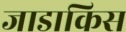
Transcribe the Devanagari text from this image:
जाडाकिस